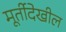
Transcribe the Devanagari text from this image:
मूर्तीदेखील